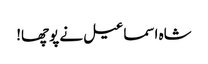
شاہ اسماعیل نے پوچھا!